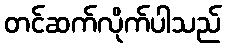
တင်ဆက်လိုက်ပါသည်